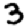
Digit: 3